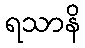
ရသာနိ